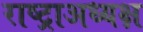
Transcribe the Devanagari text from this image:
राष्ट्राअध्यक्ष